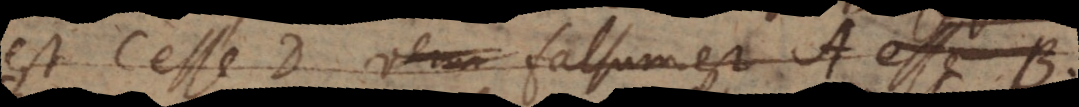
est C esse D veru falsum est A esse B.